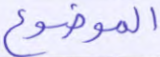
الموضوع